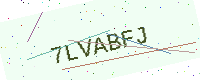
Text: 7LVABFJ